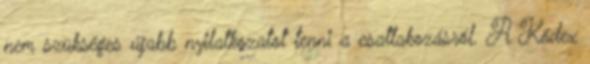
nem szükséges újabb nyilatkozatot tenni a csatlakozásról. A Kódex